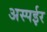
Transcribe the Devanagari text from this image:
अस्पईर